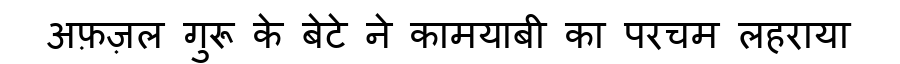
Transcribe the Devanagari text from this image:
अफ़ज़ल गुरू के बेटे ने कामयाबी का परचम लहराया